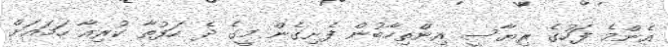
އެންމެ ފަހުގެ ރިޔާސީ އިންތިހާބުން ފެށިގެން މީގެ ދެ ހަފުތާ ކުރިއާ ހަމައަށް